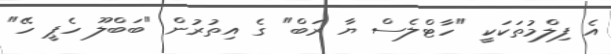
އެ ފިލްމުތަކަކީ "ހާޓްލެސް ޔާ ރަބް" ގެ އިތުރުން "ބަބްލޫ ހެޕީ ހޭ"